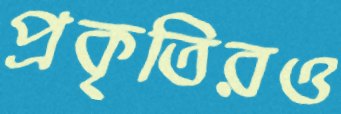
প্রকৃতিরও